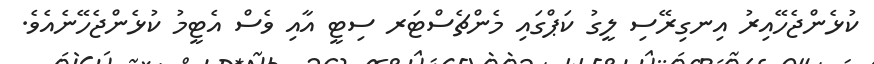
ކުޅެންޖެހޭއިރު އިނގިރޭސި ލީގު ކަޕްގައި މެންޗެސްޓަރ ސިޓީ އާއި ވެސް އެޓީމު ކުޅެންޖެހޭނެއެވެ.